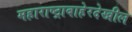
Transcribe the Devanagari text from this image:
महाराष्ट्राबाहेरदेखील